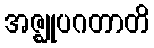
အဇ္ဈုပဂတာတိ